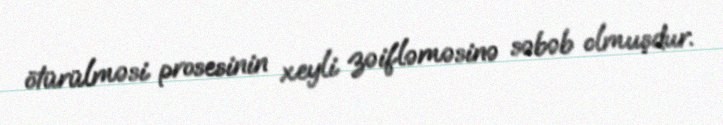
ötürülməsi prosesinin xeyli zəifləməsinə səbəb olmuşdur.